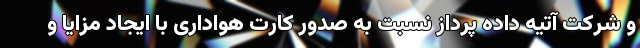
و شرکت آتیه داده پرداز نسبت به صدور کارت هواداری با ایجاد مزایا و